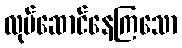
လုပ်ဆောင်နေကြသော